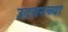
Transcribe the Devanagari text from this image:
उदयनच्या